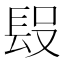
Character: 𨱮